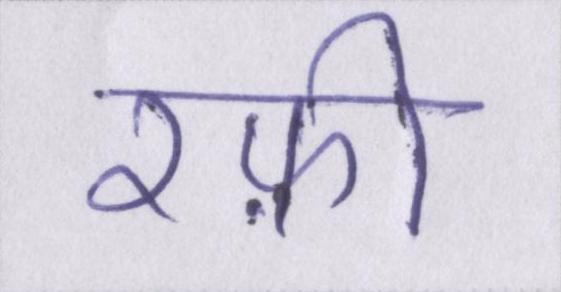
रफ़ी